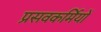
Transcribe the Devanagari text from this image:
प्रसवकर्मियों